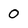
Character: 0